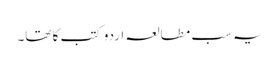
یہ سب مطالعہ اردو کتب کا تھا۔